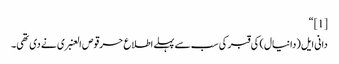
[1] “
دانی ایل(دانیال) کی قبر کی سب سے پہلے اطلاع حرقوص العنبری نے دی تھی۔